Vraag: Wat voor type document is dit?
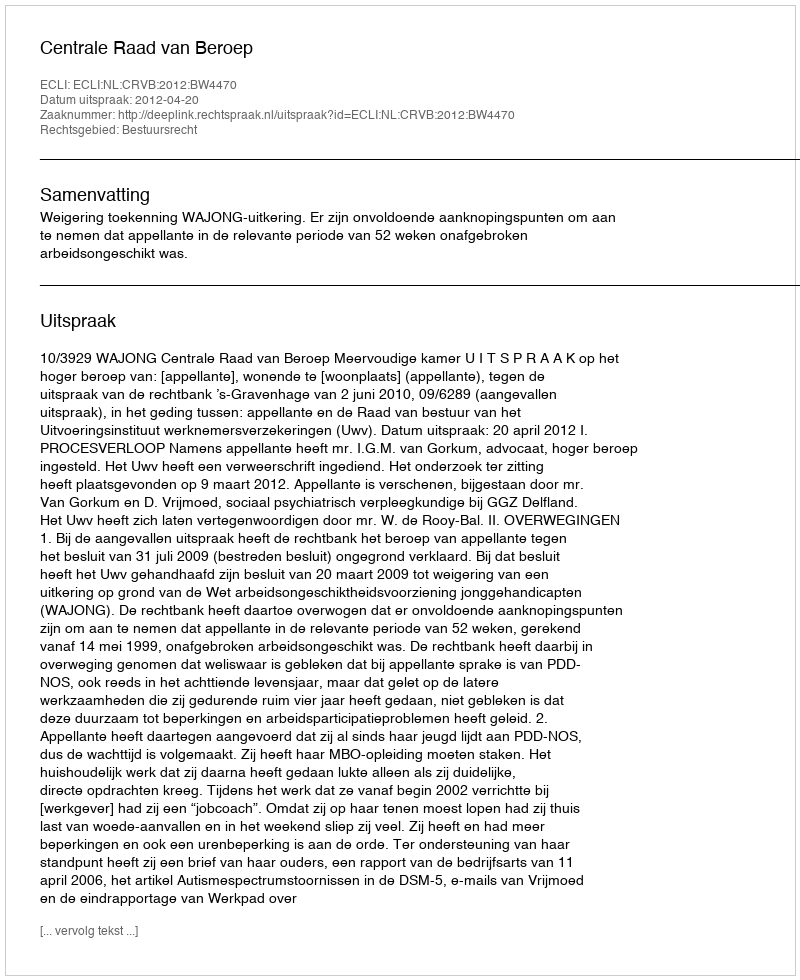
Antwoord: Uitspraak